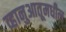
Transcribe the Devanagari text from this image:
व्हानुआतूमधील